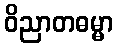
ဝိညာတဓမ္မာ